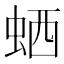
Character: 𬠂